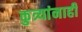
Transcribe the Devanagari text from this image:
कुत्र्यांनाही